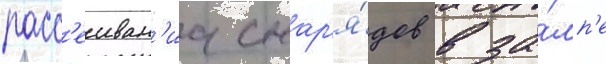
расс'еиван'иа снар'я́дов в за́лп'е